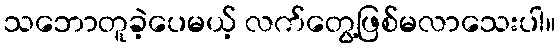
သဘောတူခဲ့ပေမယ့် လက်တွေ့ဖြစ်မလာသေးပါ။